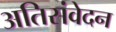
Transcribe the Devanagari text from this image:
अतिसंवेदन